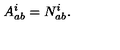
A _ { a b } ^ { i } = N _ { a b } ^ { i } .